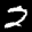
Label: 2